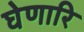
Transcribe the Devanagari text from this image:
घेणारि